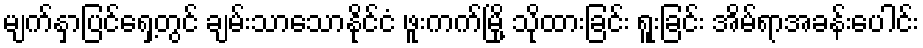
မျက်နှာပြင်ရှေ့တွင် ချမ်းသာသောနိုင်ငံ ဖူးကက်မြို့ သိုထားခြင်း ရူးခြင်း အိမ်ရာအခန်းပေါင်း